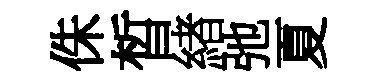
侏晳緖弛夏